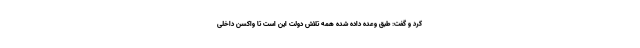
کرد و گفت: طبق وعده داده شده همه تلاش دولت این است تا واکسن داخلی